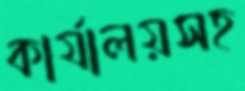
কার্যালয়সহ